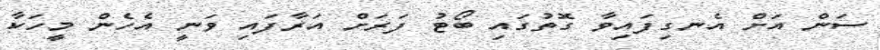
ސަން އަށް އެނގިފައިވާ ގޮތުގައި ބޯޓު ފަރަށް އަރާފައި ވަނީ އެހެން މީހަކާ